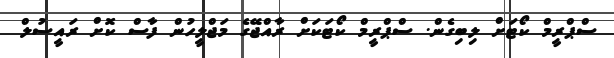
ސްޕްރީމް ކޯޓަށް ލިބިގެން. ސްޕްރީމް ކޯޓަކަށް ރާއްޖޭގެ މަޖްލީހުން ފާސް ކޮށް ރައީސުލް